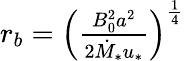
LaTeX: \begin{array}{r}{r_{b}=\left(\frac{B_{0}^{2}a^{2}}{2\dot{M}_{*}u_{*}}\right)^{\frac{1}{4}}}\end{array}